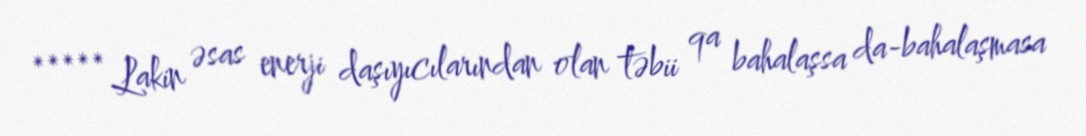
***** Lakin əsas enerji daşıyıcılarından olan təbii qa bahalaşsa da-bahalaşmasa